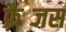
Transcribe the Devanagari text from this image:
फ़्रैब्जस